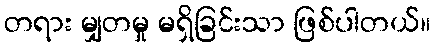
တရား မျှတမှု မရှိခြင်းသာ ဖြစ်ပါတယ်။